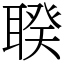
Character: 聧